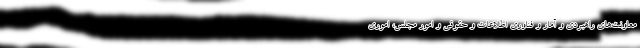
معاونت‌های راهبردی و آمار و فناوری اطلاعات و حقوقی و امور مجلس، اموری